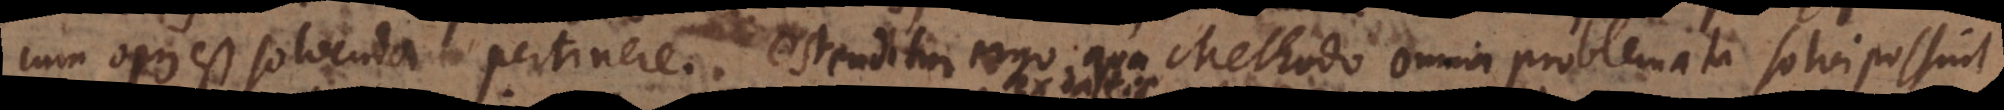
cum opus est solvenda pertinere. Ostenditur ergo qua Methodo omnia problemata solvi possint